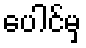
ပေါင်မှ